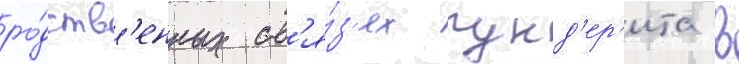
ро́дств'енных св'я́з'ях гунд'ер'ита в